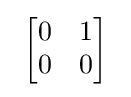
\ {\begin{bmatrix}0&1\\0&0\end{bmatrix}}~